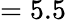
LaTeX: =5.5